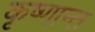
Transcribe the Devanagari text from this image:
कृष्णान्त